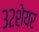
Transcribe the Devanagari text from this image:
३२शेयर